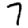
Digit: 7